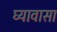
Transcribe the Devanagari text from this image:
घ्यावासा